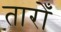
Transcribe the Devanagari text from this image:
तारोँ